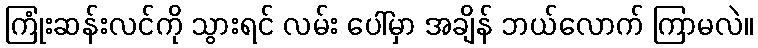
ကြုံးဆန်းလင်ကို သွားရင် လမ်း ပေါ်မှာ အချိန် ဘယ်လောက် ကြာမလဲ။